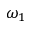
\omega _ { 1 }